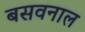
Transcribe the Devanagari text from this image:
बसवनाल